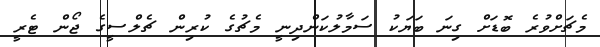
މެޗަށްވުރެ ބޮޑަށް ގިނަ ބަޔަކު ސަމާލުކަންދިނީ މެޗުގެ ކުރިން ޗެލްސީގެ ޖޯން ޓެރީ